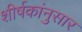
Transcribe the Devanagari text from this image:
शीर्षकांनुसार